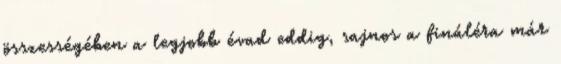
összességében a legjobb évad eddig, sajnos a fináléra már